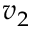
v _ { 2 }